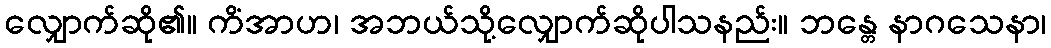
လျှောက်ဆို၏။ ကိံအာဟ၊ အဘယ်သို့လျှောက်ဆိုပါသနည်း။ ဘန္တေ နာဂသေနာ၊